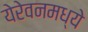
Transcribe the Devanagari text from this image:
येरेवनमध्ये